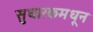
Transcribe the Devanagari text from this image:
सुधारकमधून